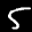
Label: 5